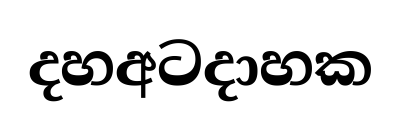
දහඅටදාහක